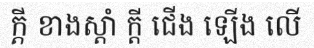
ក្តី ខាងស្តាំ ក្តី ជើង ឡើង លើ